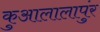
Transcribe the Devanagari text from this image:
कुआलालापुंर